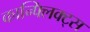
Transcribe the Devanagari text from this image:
कान्फ्लिक्ट्स